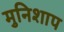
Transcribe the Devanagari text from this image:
मुनिशाप